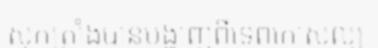
សុកត្រាំងបានបង្ហាញពីទេពកោសល្យ